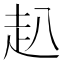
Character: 𧺍